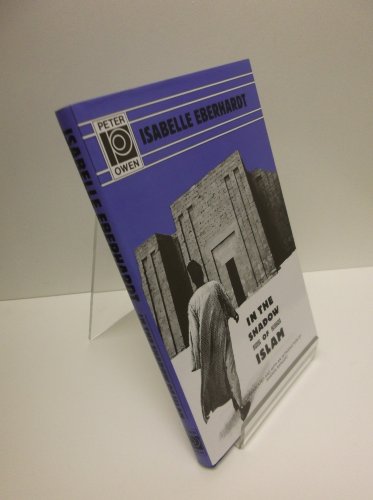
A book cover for In the Shadow of Islam; Isabelle Eberhardt; Travel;